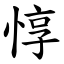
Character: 惇